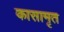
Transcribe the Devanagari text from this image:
कासामृत